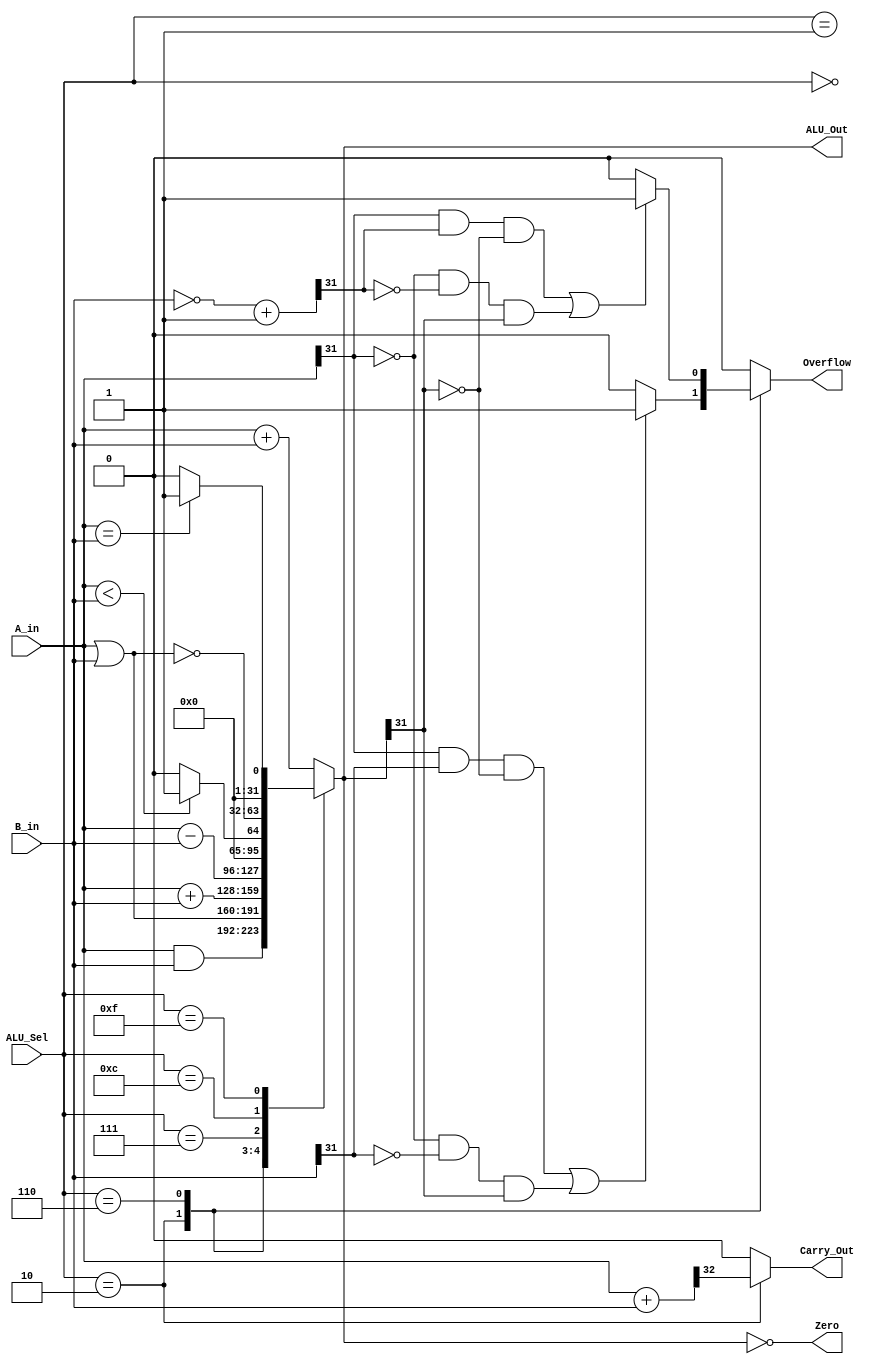
`timescale 1ns / 1ps
//////////////////////////////////////////////////////////////////////////////////
// Company: 
// Engineer: 
// 
// Design Name: 
// Module Name: ALU
// Project Name: 
// Target Devices: 
// Tool Versions: 
// Description: 
// 
// Dependencies: 
// 
// Revision:
// Revision 0.01 - File Created
// Additional Comments:
// 
//////////////////////////////////////////////////////////////////////////////////


module ALU(
           input    [31:0]      A_in, B_in,         // ALU 32 bit Inputs
           input    [3:0]       ALU_Sel,            // ALU 4 bits Selection
           output   [31:0]      ALU_Out,            // ALU 32 bits Output
           output   reg         Carry_Out,          
           output               Zero,               // 1 - bit Zero Flag
           output   reg         Overflow = 1'b0     // 1 - bit Overflow
           );

    reg [31:0] ALU_Result;
    reg [32:0] temp;
    reg [32:0] twos_com; // To hold 2'sc of second source of ALU
    
    assign ALU_Out  =   ALU_Result;             // ALU Out
    assign Zero     =   (ALU_Result == 0);      // Zero Flag
    
    always @(*)
        begin 
            Overflow    =   1'b0;
            Carry_Out   =   1'b0;
            case(ALU_Sel)
                4'b0000:    // And
                    ALU_Result = A_in & B_in;
                    
                4'b0001:    // Or
                    ALU_Result = A_in | B_in;
                
                4'b0010:    // Signed Addition with Overflow and Carry_Out checking
                    begin
                        ALU_Result = $signed(A_in) + $signed(B_in);
                        temp = {1'b0, A_in} + {1'b0, B_in};
                        Carry_Out = temp[32];
                        if ((A_in[31] & B_in[31] & ~ALU_Out[31])    |
                            (~A_in[31] & ~B_in[31] & ALU_Out[31]))
                                Overflow = 1'b1;
                        else
                            Overflow = 1'b0;
                    end
                
                4'b0110:    // Signed Subtraction with Overflow checking
                    begin
                        ALU_Result = $signed(A_in) - $signed(B_in);
                        twos_com = ~(B_in) + 1'b1;
                        if ((A_in[31] & twos_com[31] & ~ALU_Out[31])    |
                            (~A_in[31] & ~twos_com[31] & ALU_Out[31]))
                                Overflow = 1'b1;
                        else
                            Overflow = 1'b0;
                    end
                    
                4'b0111:    // Signed less than comparison
                    ALU_Result = ($signed(A_in) < $signed(B_in)) ? 32'd1:32'd0;
                    
                4'b1100:    // NOR
                    ALU_Result = ~(A_in | B_in);
                    
                4'b1111:    // Equal Comparison
                    ALU_Result = (A_in == B_in) ? 32'd1:32'd0;
                    
                default: ALU_Result = A_in + B_in;
            endcase
        end

endmodule